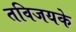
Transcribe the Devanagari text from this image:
तविजयके